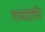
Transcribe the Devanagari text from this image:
गजराची